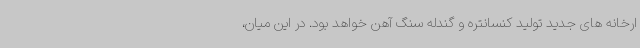
ارخانه های جدید تولید کنسانتره و گندله سنگ آهن خواهد بود. در این میان،